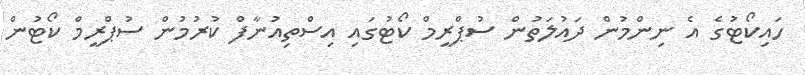
ހައިކޯޓުގެ އެ ނިންމުން ދައުލަތުން ސުޕްރީމް ކޯޓުގައި އިސްތިއުނާފް ކުރުމުން ސުޕްރީމް ކޯޓުން